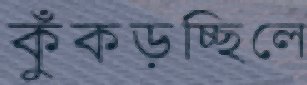
কুঁকড়চ্ছিলে